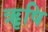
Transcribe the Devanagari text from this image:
ऋृषि